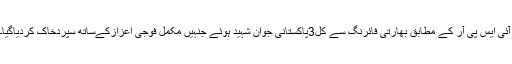
آئی ایس پی آر کے مطابق بھارتی فائرنگ سے کل3پاکستانی جوان شہید ہوئے جنہیں مکمل فوجی اعزازکےساتھ سپردخاک کردیاگیا۔